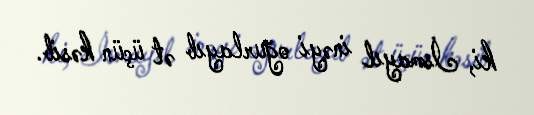
ki, İsmayıl inəyi oğurlayıb ət üçün kəsib.